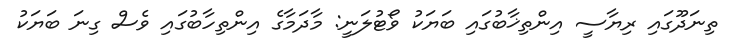
ތިނަދޫގައި ރިޔާސީ އިންތިޚާބުގައި ބަޔަކު ވޯޓުލަނީ: މާދަމާގެ އިންތިހާބުގައި ވެސް ގިނަ ބަޔަކު